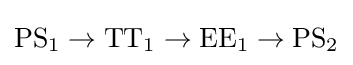
\mathrm {PS} _{1}\rightarrow \mathrm {TT} _{1}\rightarrow \mathrm {EE} _{1}\rightarrow \mathrm {PS} _{2}